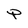
Character: P